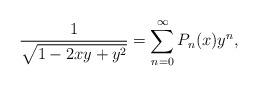
LaTeX: \begin{align*}{1 \over \sqrt {1-2xy+y^2}}=\sum _{n=0}^{\infty}P_n(x)y^n,\end{align*}